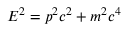
E ^ { 2 } = p ^ { 2 } c ^ { 2 } + m ^ { 2 } c ^ { 4 }